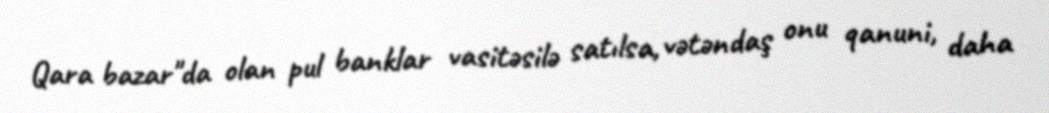
Qara bazar"da olan pul banklar vasitəsilə satılsa, vətəndaş onu qanuni, daha